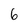
Character: 6